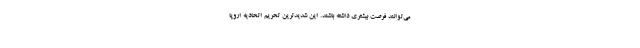
می‌توانند فرصت بیشتری داشته باشند. این شدیدترین تحریم اتحادیه اروپا